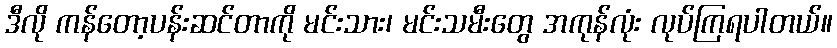
ဒီလို ကန်တော့ပန်းဆင်တာကို မင်းသား၊ မင်းသမီးတွေ အကုန်လုံး လုပ်ကြရပါတယ်။